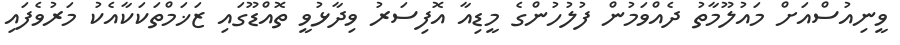
ވީނިއުސްއަށް މައުލޫމާތު ދެއްވަމުން ފުލުހުންގެ މީޑިއާ އޮފިސަރު ވިދާޅުވީ ތޮއްޑޫގައި ޒަޚަމްތަކަކާއެކު މަރުވެފައި